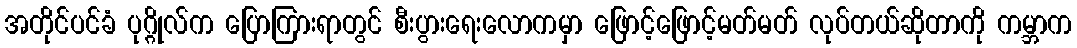
အတိုင်ပင်ခံ ပုဂ္ဂိုလ်က ပြောကြားရာတွင် စီးပွားရေးလောကမှာ ဖြောင့်ဖြောင့်မတ်မတ် လုပ်တယ်ဆိုတာကို ကမ္ဘာက